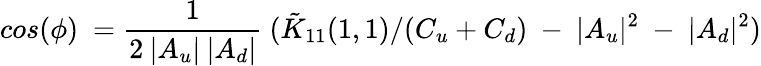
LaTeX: cos(\phi)\ =\frac{1}{2\: |A_{u}|\: |A_{d}|}\ (\tilde{K}_{11}(1,1)/(C_{u}+C_{d})\ -\ |A_{u}|^{2}\ -\ |A_{d}|^{2})